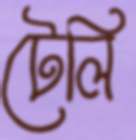
টেলি